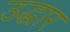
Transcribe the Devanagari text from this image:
उद्घार